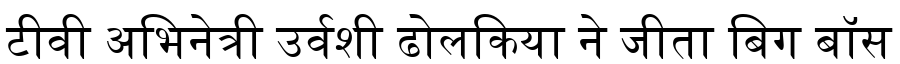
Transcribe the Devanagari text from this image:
टीवी अभिनेत्री उर्वशी ढोलकिया ने जीता बिग बॉस